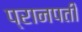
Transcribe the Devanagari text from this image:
प्रानपती